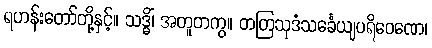
ရဟန်းတော်တို့နှင့်။ သဒ္ဓိံ၊ အတူတကွ။ တတြသုဒံသင်္ခေယျပရိဝေဏေ၊